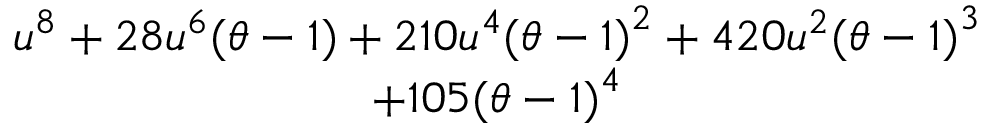
\begin{array} { c } { u ^ { 8 } + 2 8 u ^ { 6 } ( \theta - 1 ) + 2 1 0 u ^ { 4 } { ( \theta - 1 ) } ^ { 2 } + 4 2 0 u ^ { 2 } { ( \theta - 1 ) } ^ { 3 } } \\ { + 1 0 5 { ( \theta - 1 ) } ^ { 4 } } \end{array}